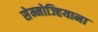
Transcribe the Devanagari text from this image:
सेम्मोज्हियाना